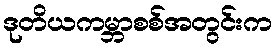
ဒုတိယကမ္ဘာစစ်အတွင်းက